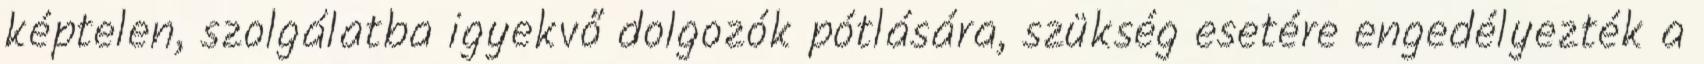
képtelen, szolgálatba igyekvő dolgozók pótlására, szükség esetére engedélyezték a